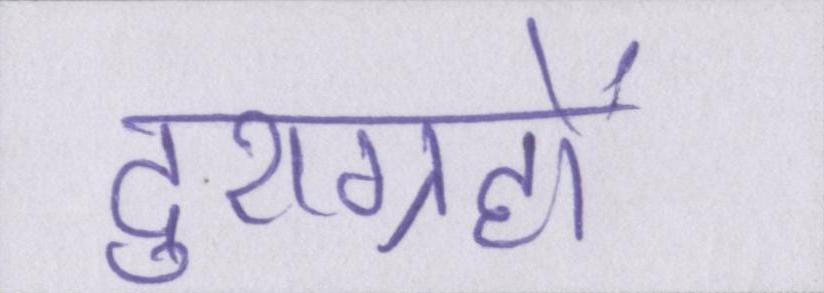
दुराग्रहों